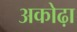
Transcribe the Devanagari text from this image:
अकोढ़ा